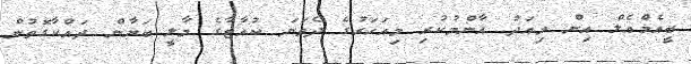
ބީއެމްއެލް އިން މިއަދު އާންމުކުރި މިއަހަރުގެ ދެވަނަ ކުއާޓާގެ މާލީ ބަޔާން ދައްކާގޮތުން